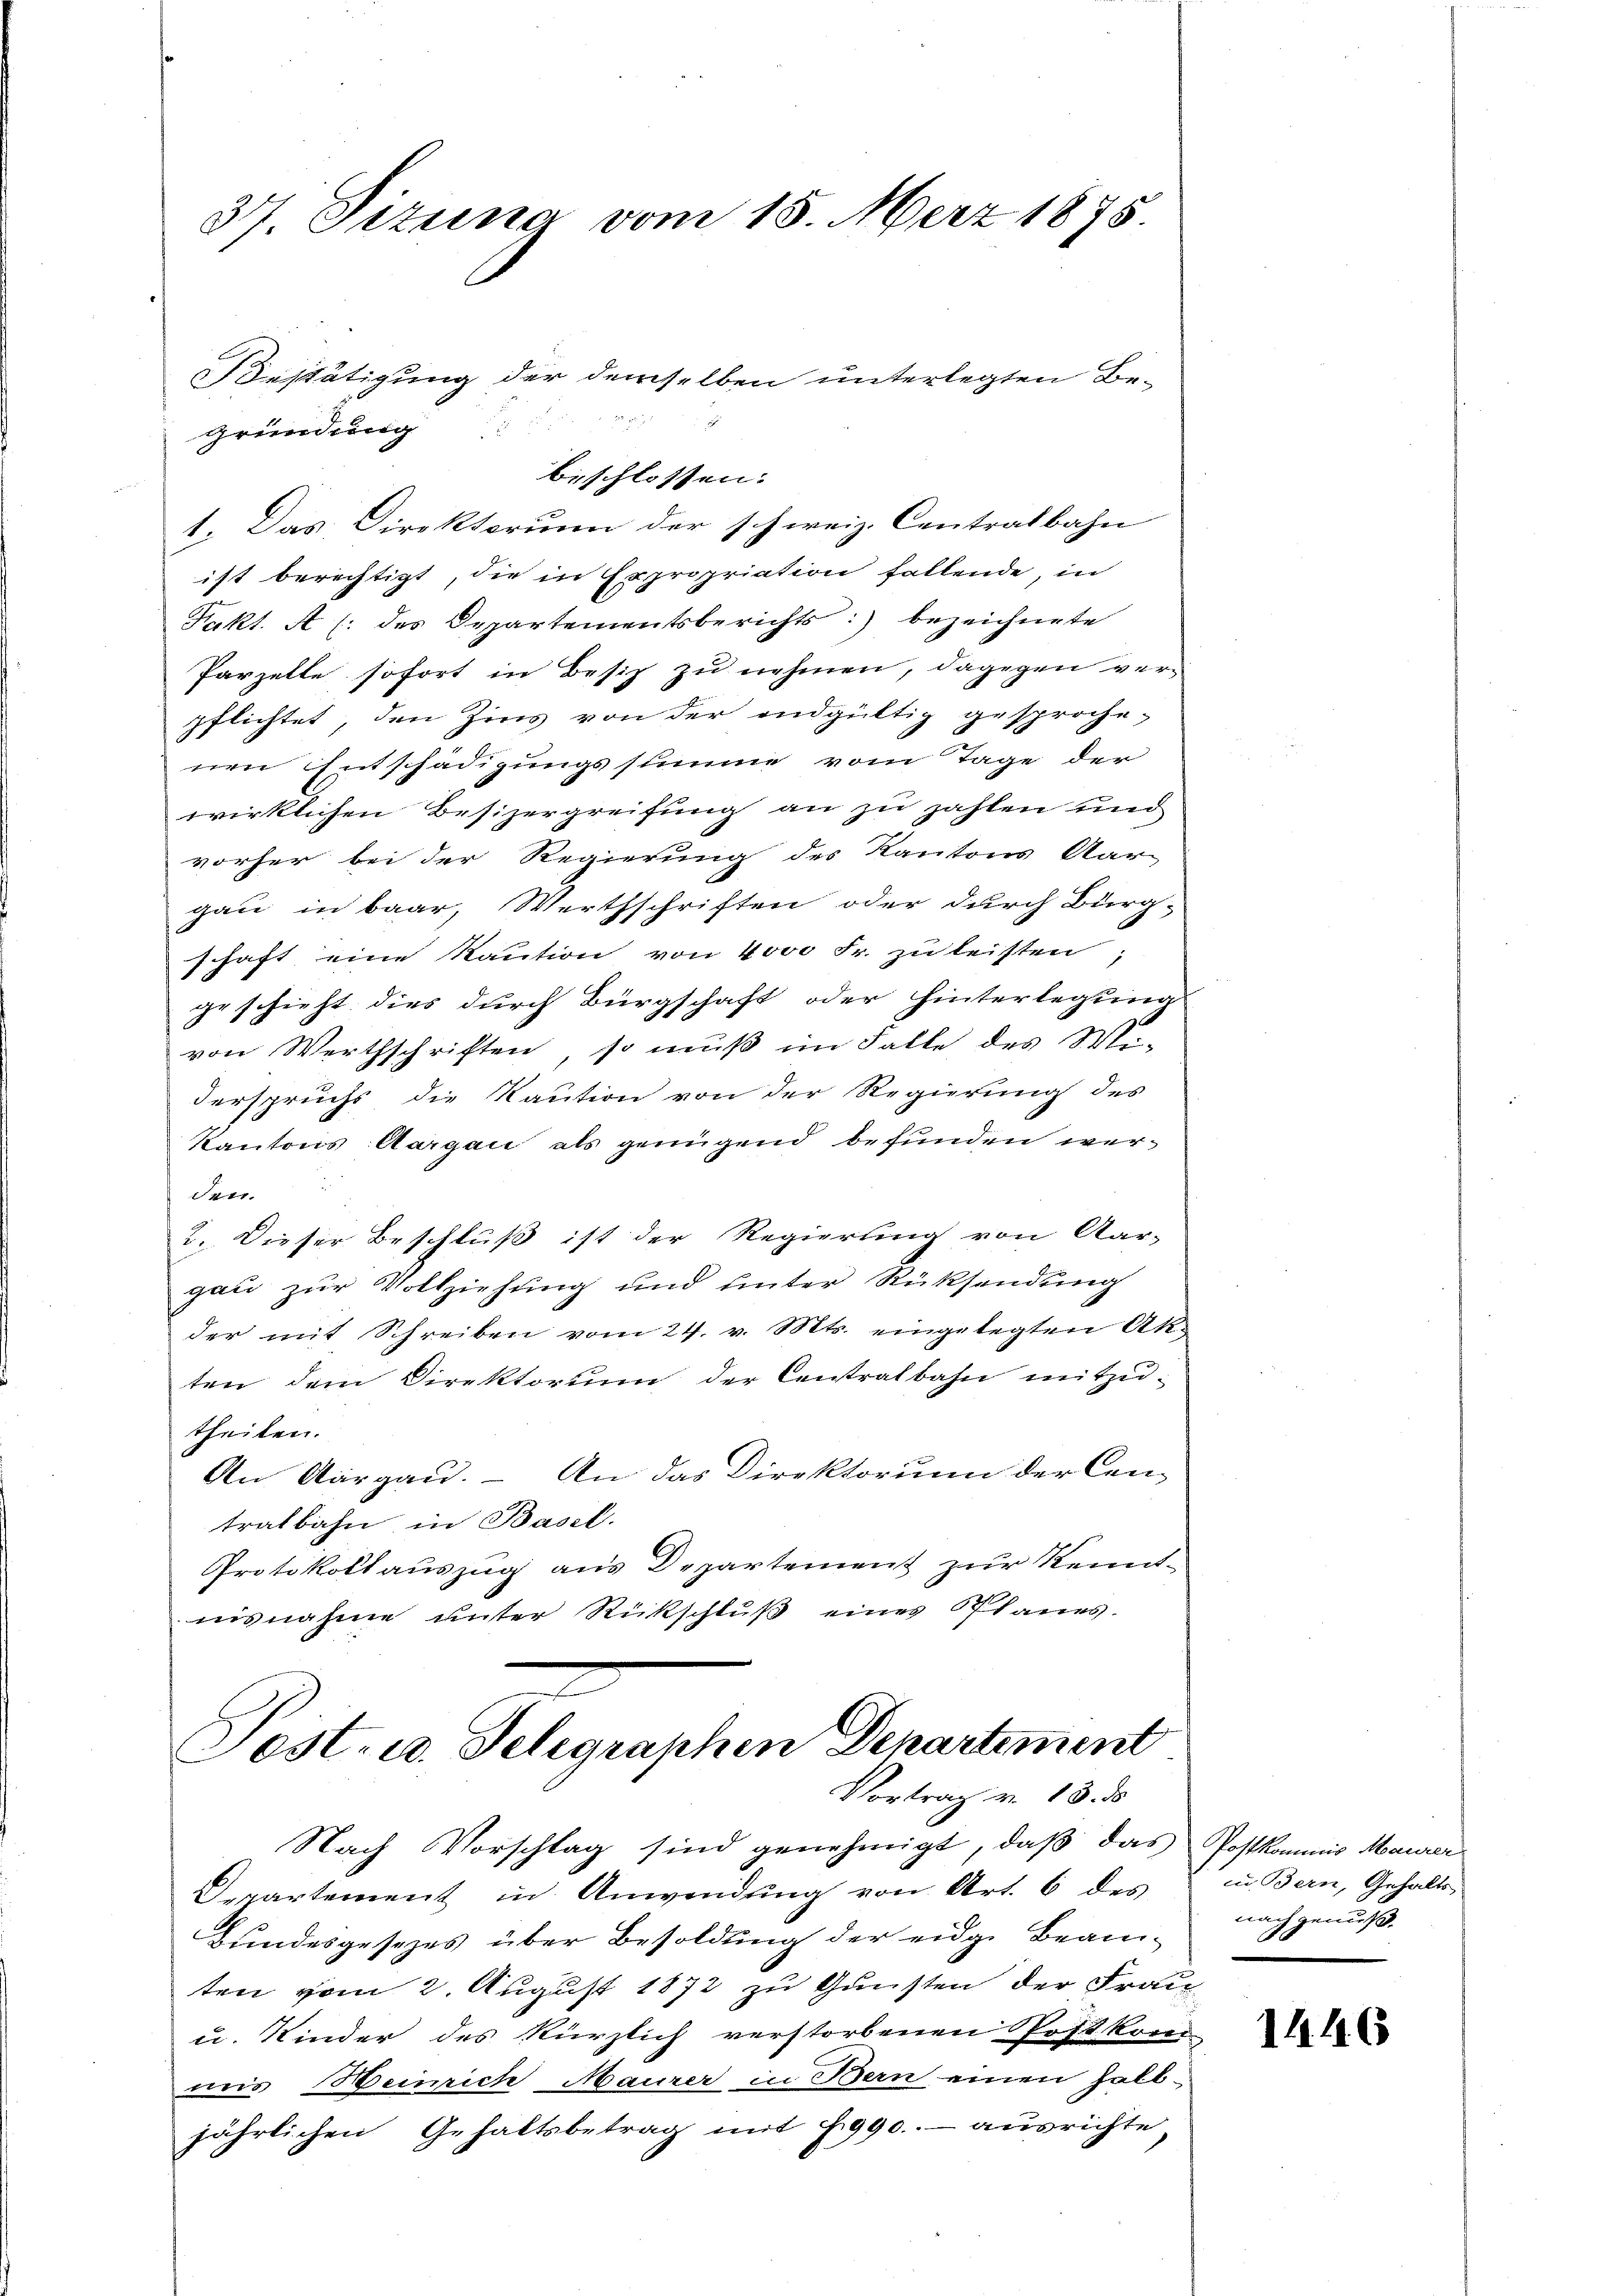
37 Pizuna vom 15. März 1875.

Gründung:
1. Das Direktorum der schweiz. Centralbahn
ist berechtigt, die in Expropriation fallende, in
Fakt. A (: des Departementsberichts bezeichnete
Parzelle sofort in Besiz zu nehmen, dagegen ver-
pflichtet, den Zins von der endgültig gesprochenen Entschädigungssumme vom Tage der
wirklichen Besizergreifung an zu zahlen und
vorher bei der Regierung des Kantons Aar-
gau in baar, Werthschriften oder durch Bürg-
schaft eine Kaution von 4000 Fr. zu leisten
geschieht dies durch Bürgschaft oder hinterlegung
von Werthschriften so muß im Falle des Wi-
derspruchs die Kaution von der Regierung des
Kantons Aargau als genügend befunden werden.
2. Dieser Beschluß ist der Regierung von Aar-
gau zur Vollziehung und unter Rücksendung
der mit Schreiben vom 24. v. Mts. eingelegten Ak-
ten dem Direktorum der Centralbahn mitzutheilen.
An Aargau. – An das Direktorium der Cantralbahn in Basel.
Protokollauszug aus Departement zur Kenntnisnahme unter Rückschluß eines Planes.
Post- u. Seligraphen Departement
Vortrag v. 18. ds
Nach Vorschlag sind genehmigt, daβ das
Departement in Anwendung von Art. 6 des
Bundesgesezes über Besoldung der eidge Beamten vom 2. August 1872 zu Gunsten der Frau
u. Kinder des kürzlich verstorbenen Spost kom
mois Heinrich Maurer in Bern einen Halb-
jährlichen Gehaltsbetrag mit 7990. - ausrichte

beschlossen:

Bestätigung der demselben unterlegten Be¬

Postkommis Maurer
in Bern, Gehalts
nach genuß.

1446